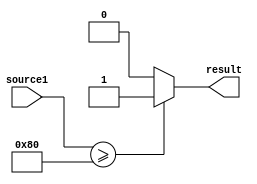
`timescale 1ns / 1ps
//////////////////////////////////////////////////////////////////////////////////
// Company: 
// Engineer: 
// 
// Design Name: 
// Module Name: compartorWithNumber
// Project Name: 
// Target Devices: 
// Tool Versions: 
// Description: 
// 
// Dependencies: 
// 
// Revision:
// Revision 0.01 - File Created
// Additional Comments:
// 
//////////////////////////////////////////////////////////////////////////////////


module comparatorWithNumber#(parameter size=8,value=128)(
    input[size-1:0] source1,
    output reg result
    );
    
    reg[size-1:0] source2=value;
    
    always@(*)
    begin
    if(source1>=source2) result = 1'b1;
    else result =1'b0;
    end
endmodule